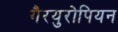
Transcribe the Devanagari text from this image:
गैरयुरोपियन